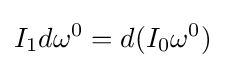
I_{1}d\omega ^{0}=d(I_{0}\omega ^{0})